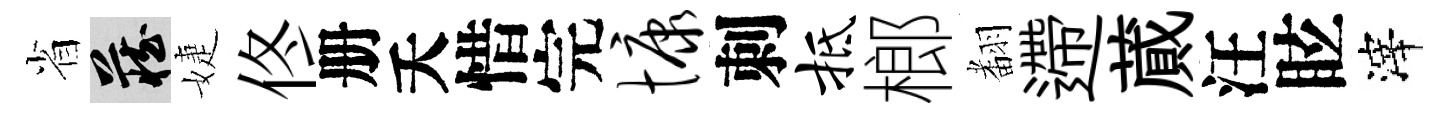
省藏婕佟册夭惜完慷刺抵榔𮋒遰蕆汪眩滓